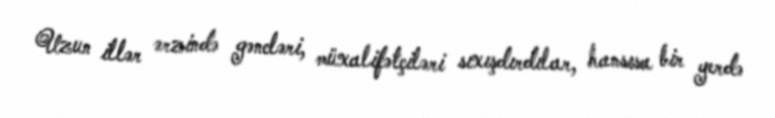
Uzun illər ərzində gəncləri, müxalifətçiləri sıxışdırdılar, hansısa bir yerdə